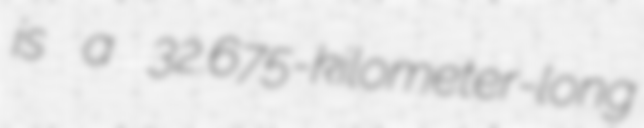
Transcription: is a 32.675-kilometer-long